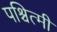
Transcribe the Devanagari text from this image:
पश्चित्मी